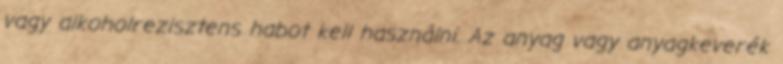
vagy alkoholrezisztens habot kell használni. Az anyag vagy anyagkeverék